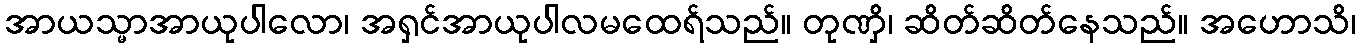
အာယသ္မာအာယုပါလော၊ အရှင်အာယုပါလမထေရ်သည်။ တုဏှိ၊ ဆိတ်ဆိတ်နေသည်။ အဟောသိ၊